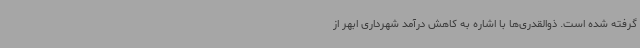
گرفته شده است. ذوالقدری‌ها با اشاره به کاهش درآمد شهرداری ابهر از